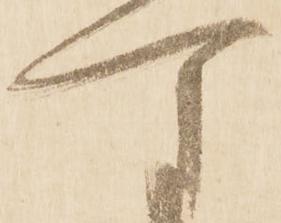
可